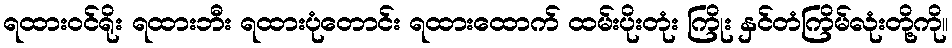
ရထားဝင်ရိုး ရထားဘီး ရထားပုံတောင်း ရထားထောက် ထမ်းပိုးတုံး ကြိုး နှင်တံကြိမ်လုံးတို့ကို။